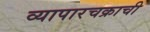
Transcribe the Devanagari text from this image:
व्यापारचक्राची